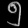
Digit: ၅